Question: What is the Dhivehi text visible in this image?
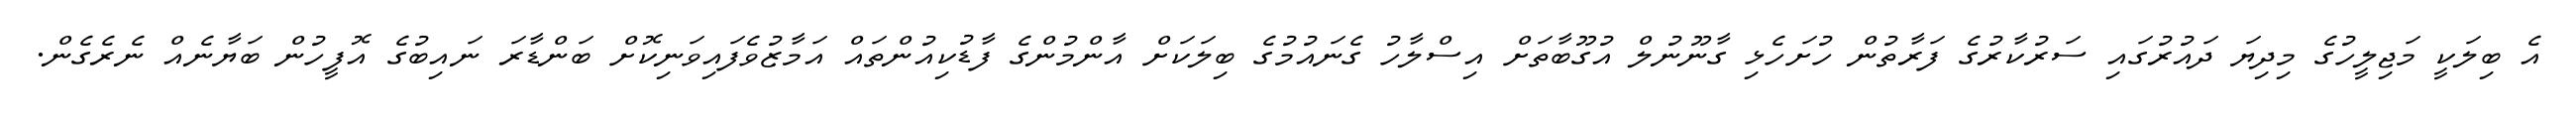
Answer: އެ ބިލަކީ މަޖިލީހުގެ މިދިޔަ ދައުރުގައި ސަރުކާރުގެ ފަރާތުން ހުށަހެޅި ގާނޫނުލް އުގޫބާތަށް އިސްލާހު ގެނައުމުގެ ބިލަކަށް އާންމުންގެ ފާޑުކިއުންތައް އަމާޒުވެފައިވަނިކޮށް ބަންޑާރަ ނައިބުގެ އޮފީހުން ބަޔާނެއް ނެރެގެން.